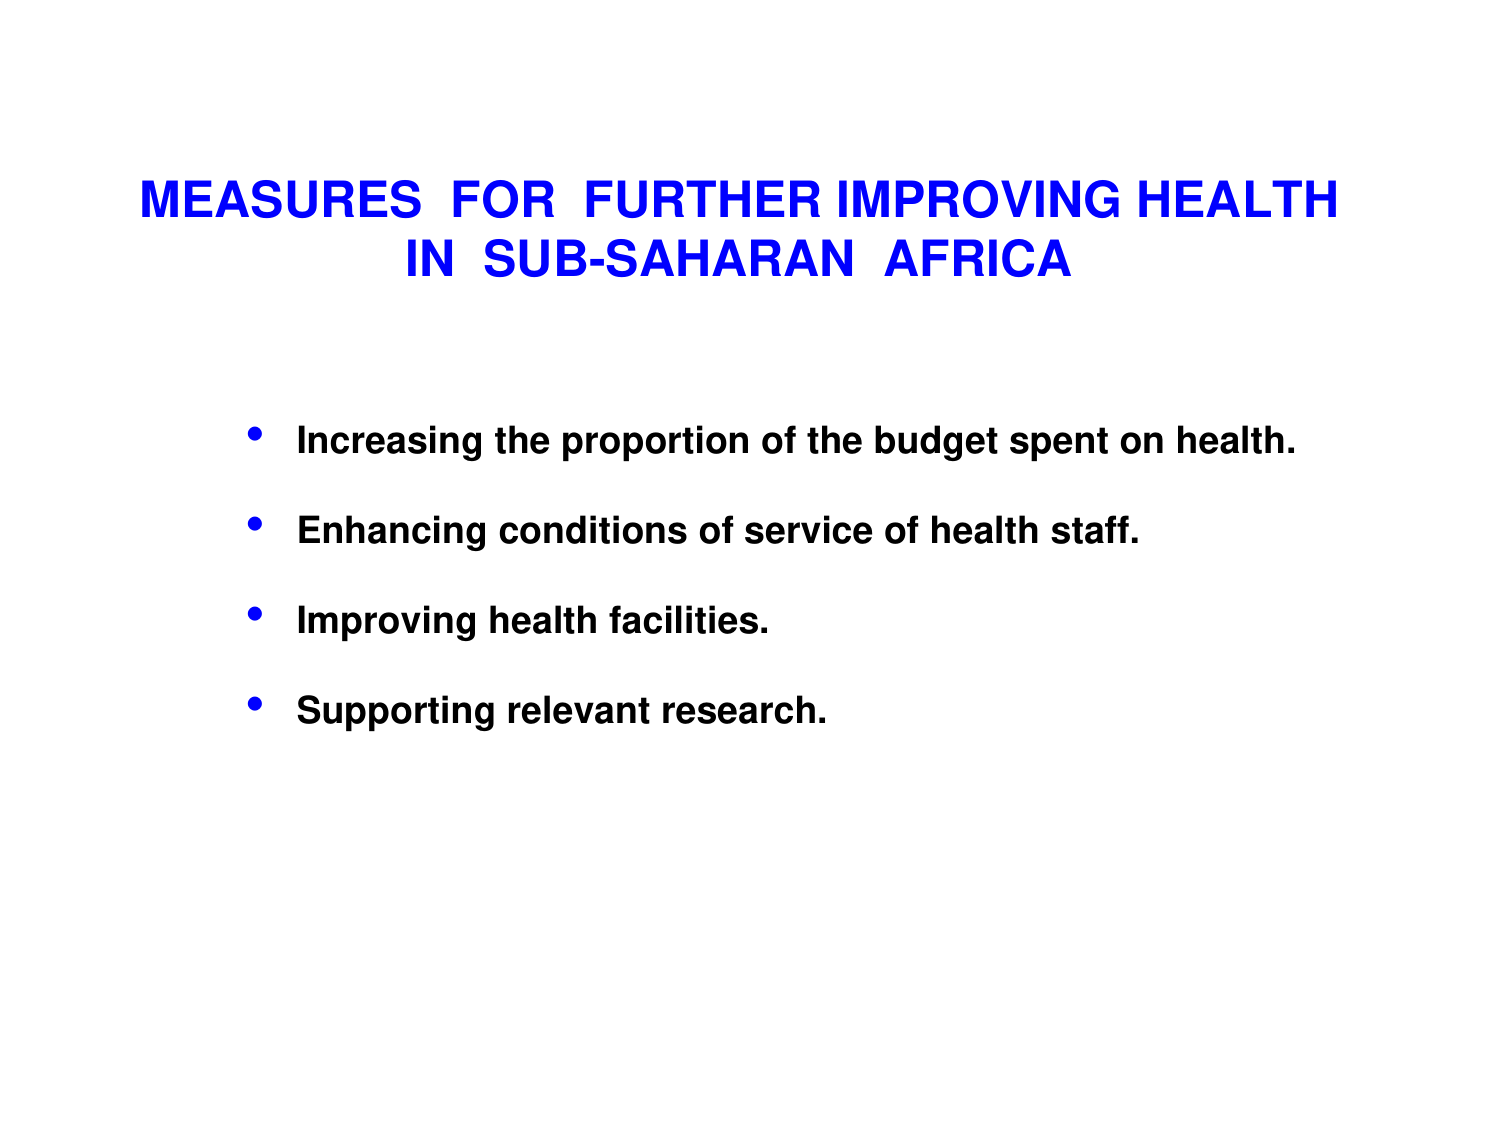
MEASURES FOR FURTHER IMPROVING HEALTH
IN SUB-SAHARAN AFRICA

• Increasing the proportion of the budget spent on health.
• Enhancing conditions of service of health staff.
• Improving health facilities.
• Supporting relevant research.